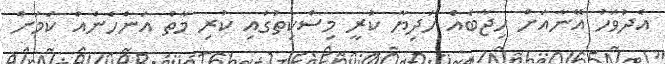
އެދުވަހު އޭނާއަށް ހިޖާބެއް ހަދިޔާ ކުރީ މިސްކިތުގައި ކުރި މާތް އަންހެނެއް ކަމަށް